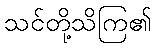
သင်တို့သိကြ၏